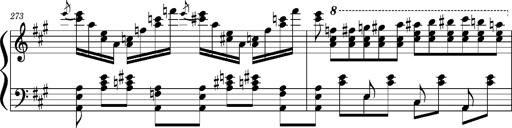
Title: Concerto sans orchestre, S.524a
Composer: Franz Liszt
Key: A major